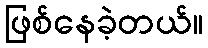
ဖြစ်နေခဲ့တယ်။